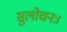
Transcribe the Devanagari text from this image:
सुलोचनः।